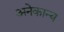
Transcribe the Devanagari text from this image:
अनेकान्य